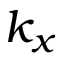
k _ { x }